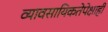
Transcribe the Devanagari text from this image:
व्यावसायिकतेपेक्षाही